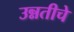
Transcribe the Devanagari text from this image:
उन्नतीचे